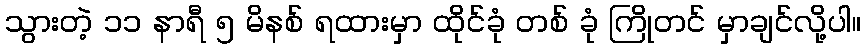
သွားတဲ့ ၁၁ နာရီ ၅ မိနစ် ရထားမှာ ထိုင်ခုံ တစ် ခုံ ကြိုတင် မှာချင်လို့ပါ။